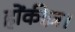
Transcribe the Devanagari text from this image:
होंकीज़।